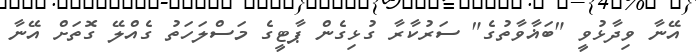
އޭނާ ވިދާޅުވީ "ބަޣާވާތުގެ" ސަރުކާރާ ގުޅިގެން ޕާޓީގެ މަސްލަހަތު ގެއްލޭ ގޮތަށް އޭނާ